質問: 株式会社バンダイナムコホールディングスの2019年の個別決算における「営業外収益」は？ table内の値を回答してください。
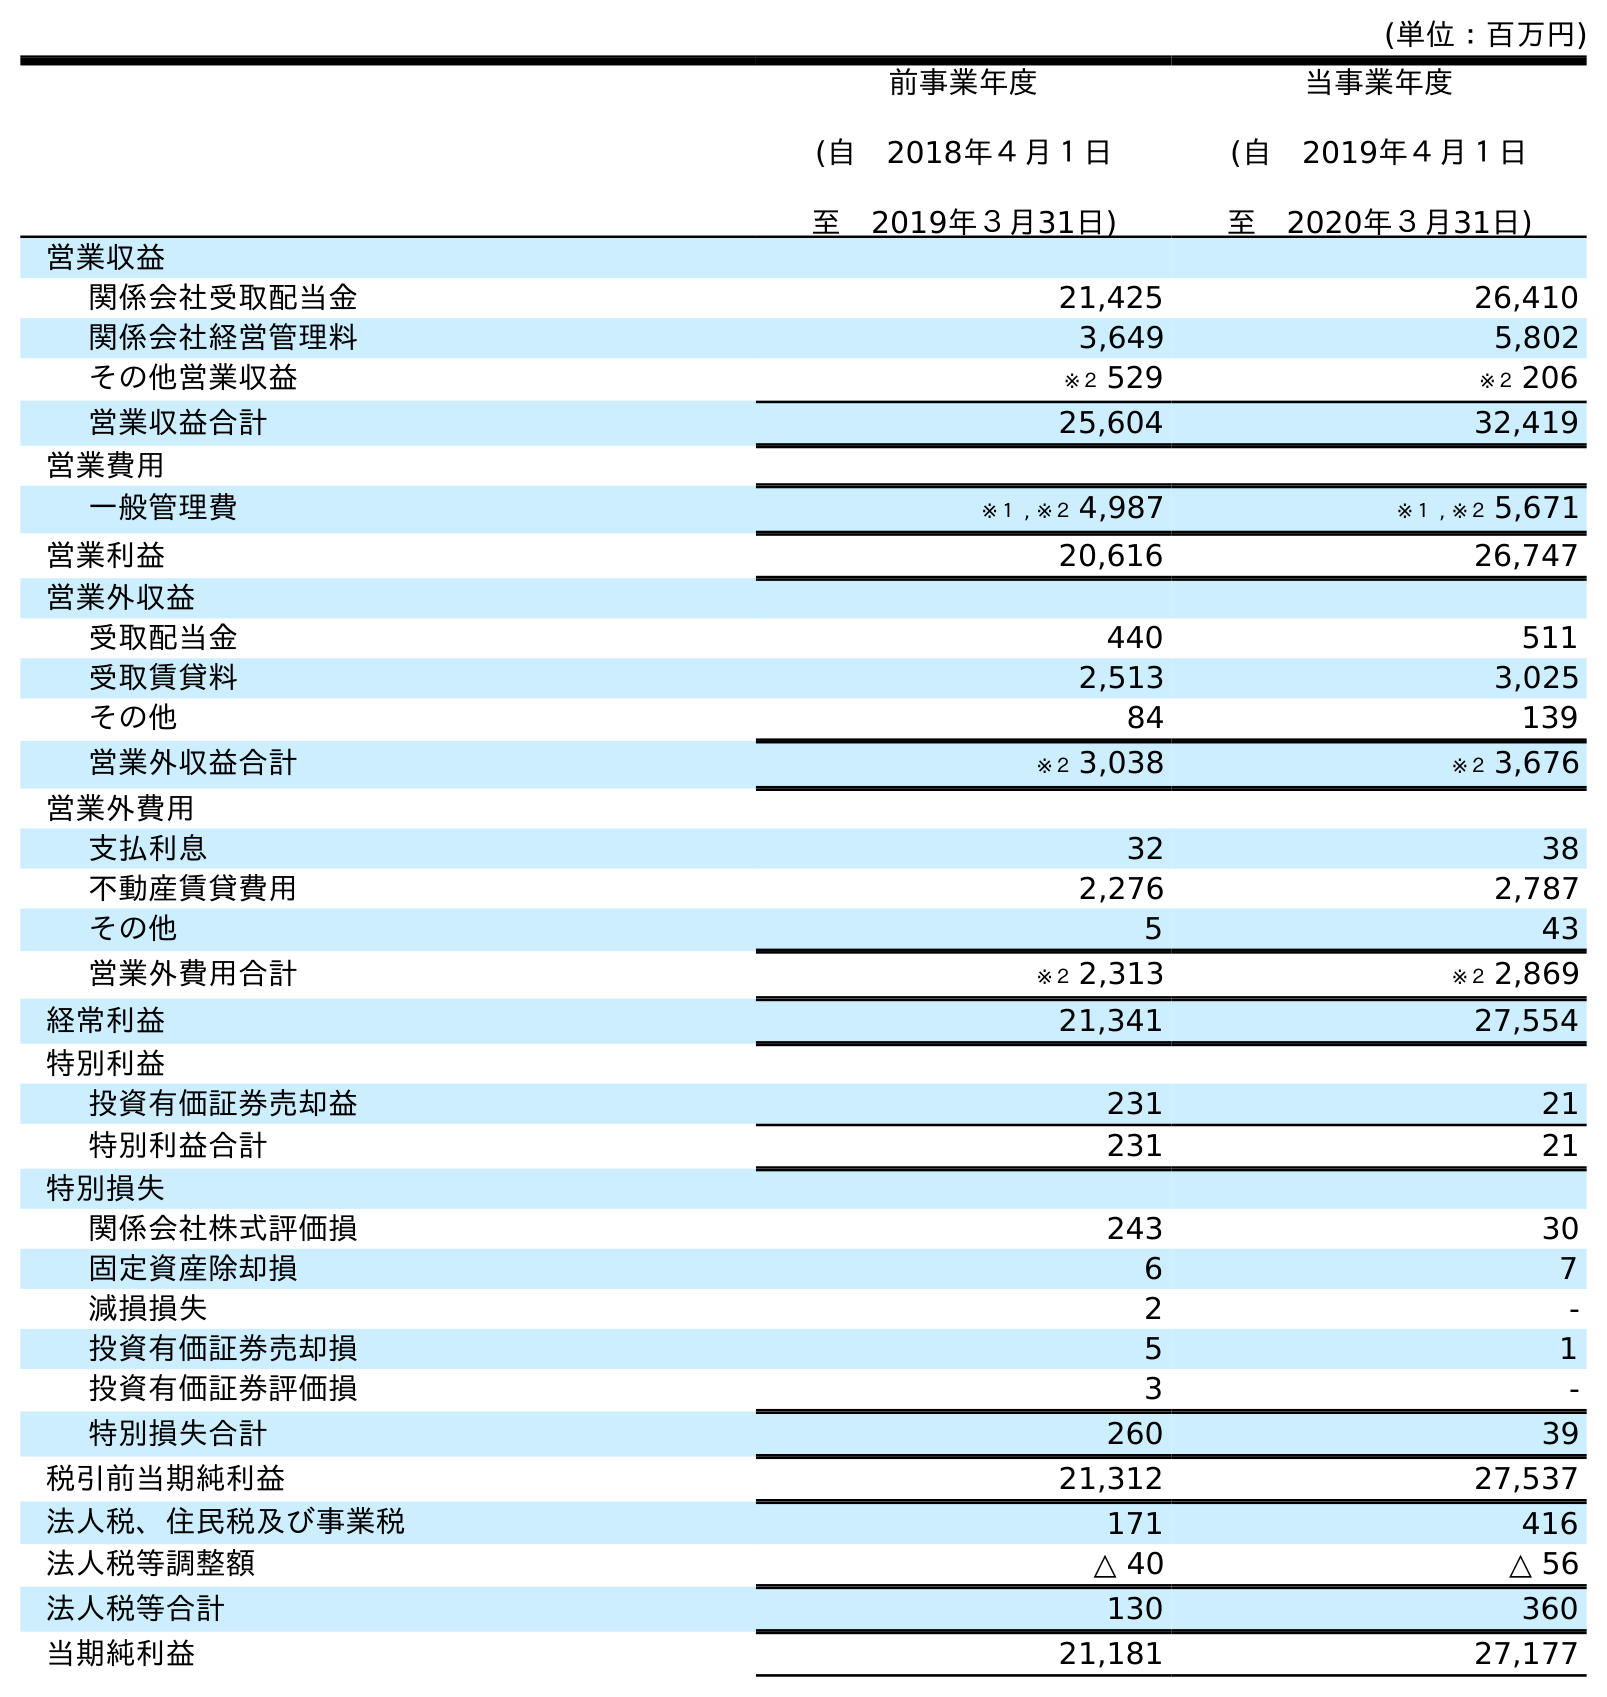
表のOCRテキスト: (単位：百万円) 前事業年度 (自 2018年４月１日 至 2019年３月31日) 当事業年度 (自 2019年４月１日 至 2020年３月31日) 営業収益 関係会社受取配当金 21,425 26,410 関係会社経営管理料 3,649 5,802 その他営業収益 ※２ 529 ※２ 206 営業収益合計 25,604 32,419 営業費用 一般管理費 ※１ , ※２ 4,987 ※１ , ※２ 5,671 営業利益 20,616 26,747 営業外収益 受取配当金 440 511 受取賃貸料 2,513 3,025 その他 84 139 営業外収益合計 ※２ 3,038 ※２ 3,676 営業外費用 支払利息 32 38 不動産賃貸費用 2,276 2,787 その他 5 43 営業外費用合計 ※２ 2,313 ※２ 2,869 経常利益 21,341 27,554 特別利益 投資有価証券売却益 231 21 特別利益合計 231 21 特別損失 関係会社株式評価損 243 30 固定資産除却損 6 7 減損損失 2 - 投資有価証券売却損 5 1 投資有価証券評価損 3 - 特別損失合計 260 39 税引前当期純利益 21,312 27,537 法人税、住民税及び事業税 171 416 法人税等調整額 △ 40 △ 56 法人税等合計 130 360 当期純利益 21,181 27,177
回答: ※２3,038